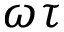
\omega \tau